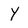
Character: Y